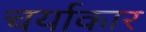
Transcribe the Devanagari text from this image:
चर्याकार